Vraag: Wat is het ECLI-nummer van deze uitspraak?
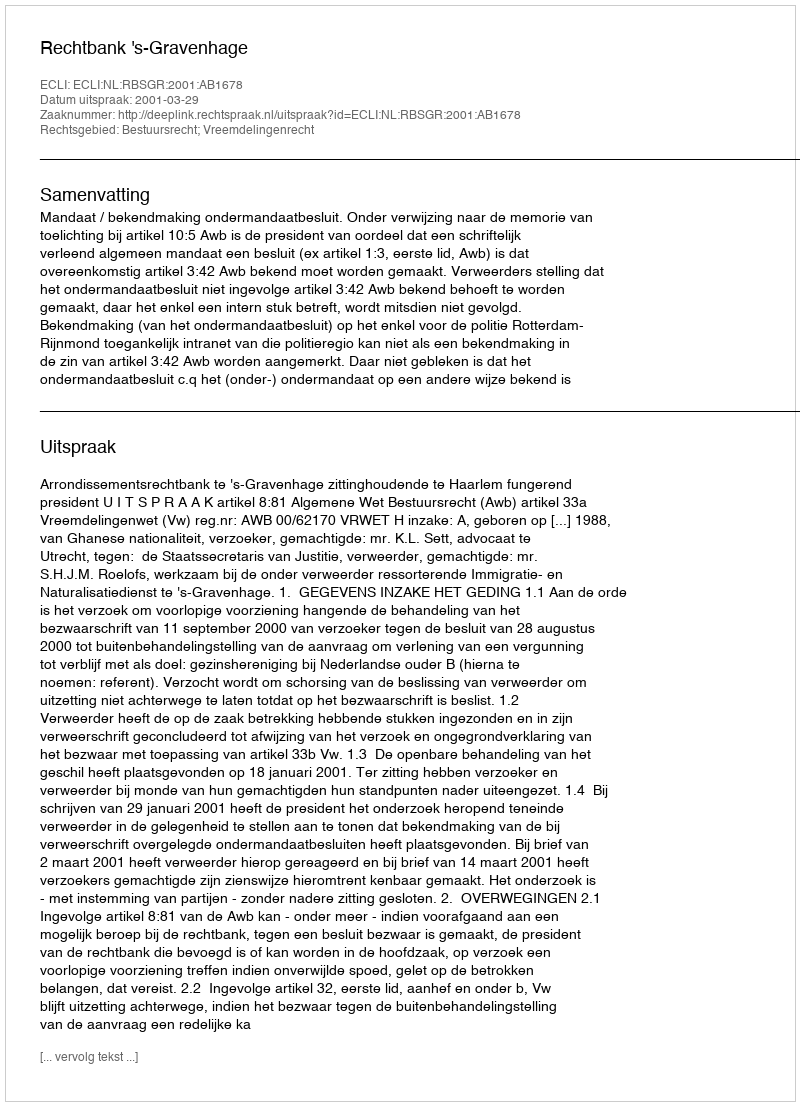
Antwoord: ECLI:NL:RBSGR:2001:AB1678